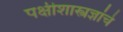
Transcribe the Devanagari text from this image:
पक्षीशास्त्रज्ञांचे